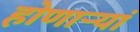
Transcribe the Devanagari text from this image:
होणाऱ्यां